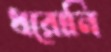
ধরোনি